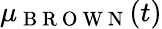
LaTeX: \mu_{\mathrm{~B~R~O~W~N~}}(t)